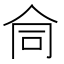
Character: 𬽽